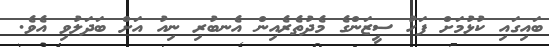
ބައިގައި ކުޅުމަށް ފަހު ސީޒަންގެ މެދުތެރެއިން އެނބުރި ނިއު އަށް ބަދަލުވި އެވެ.